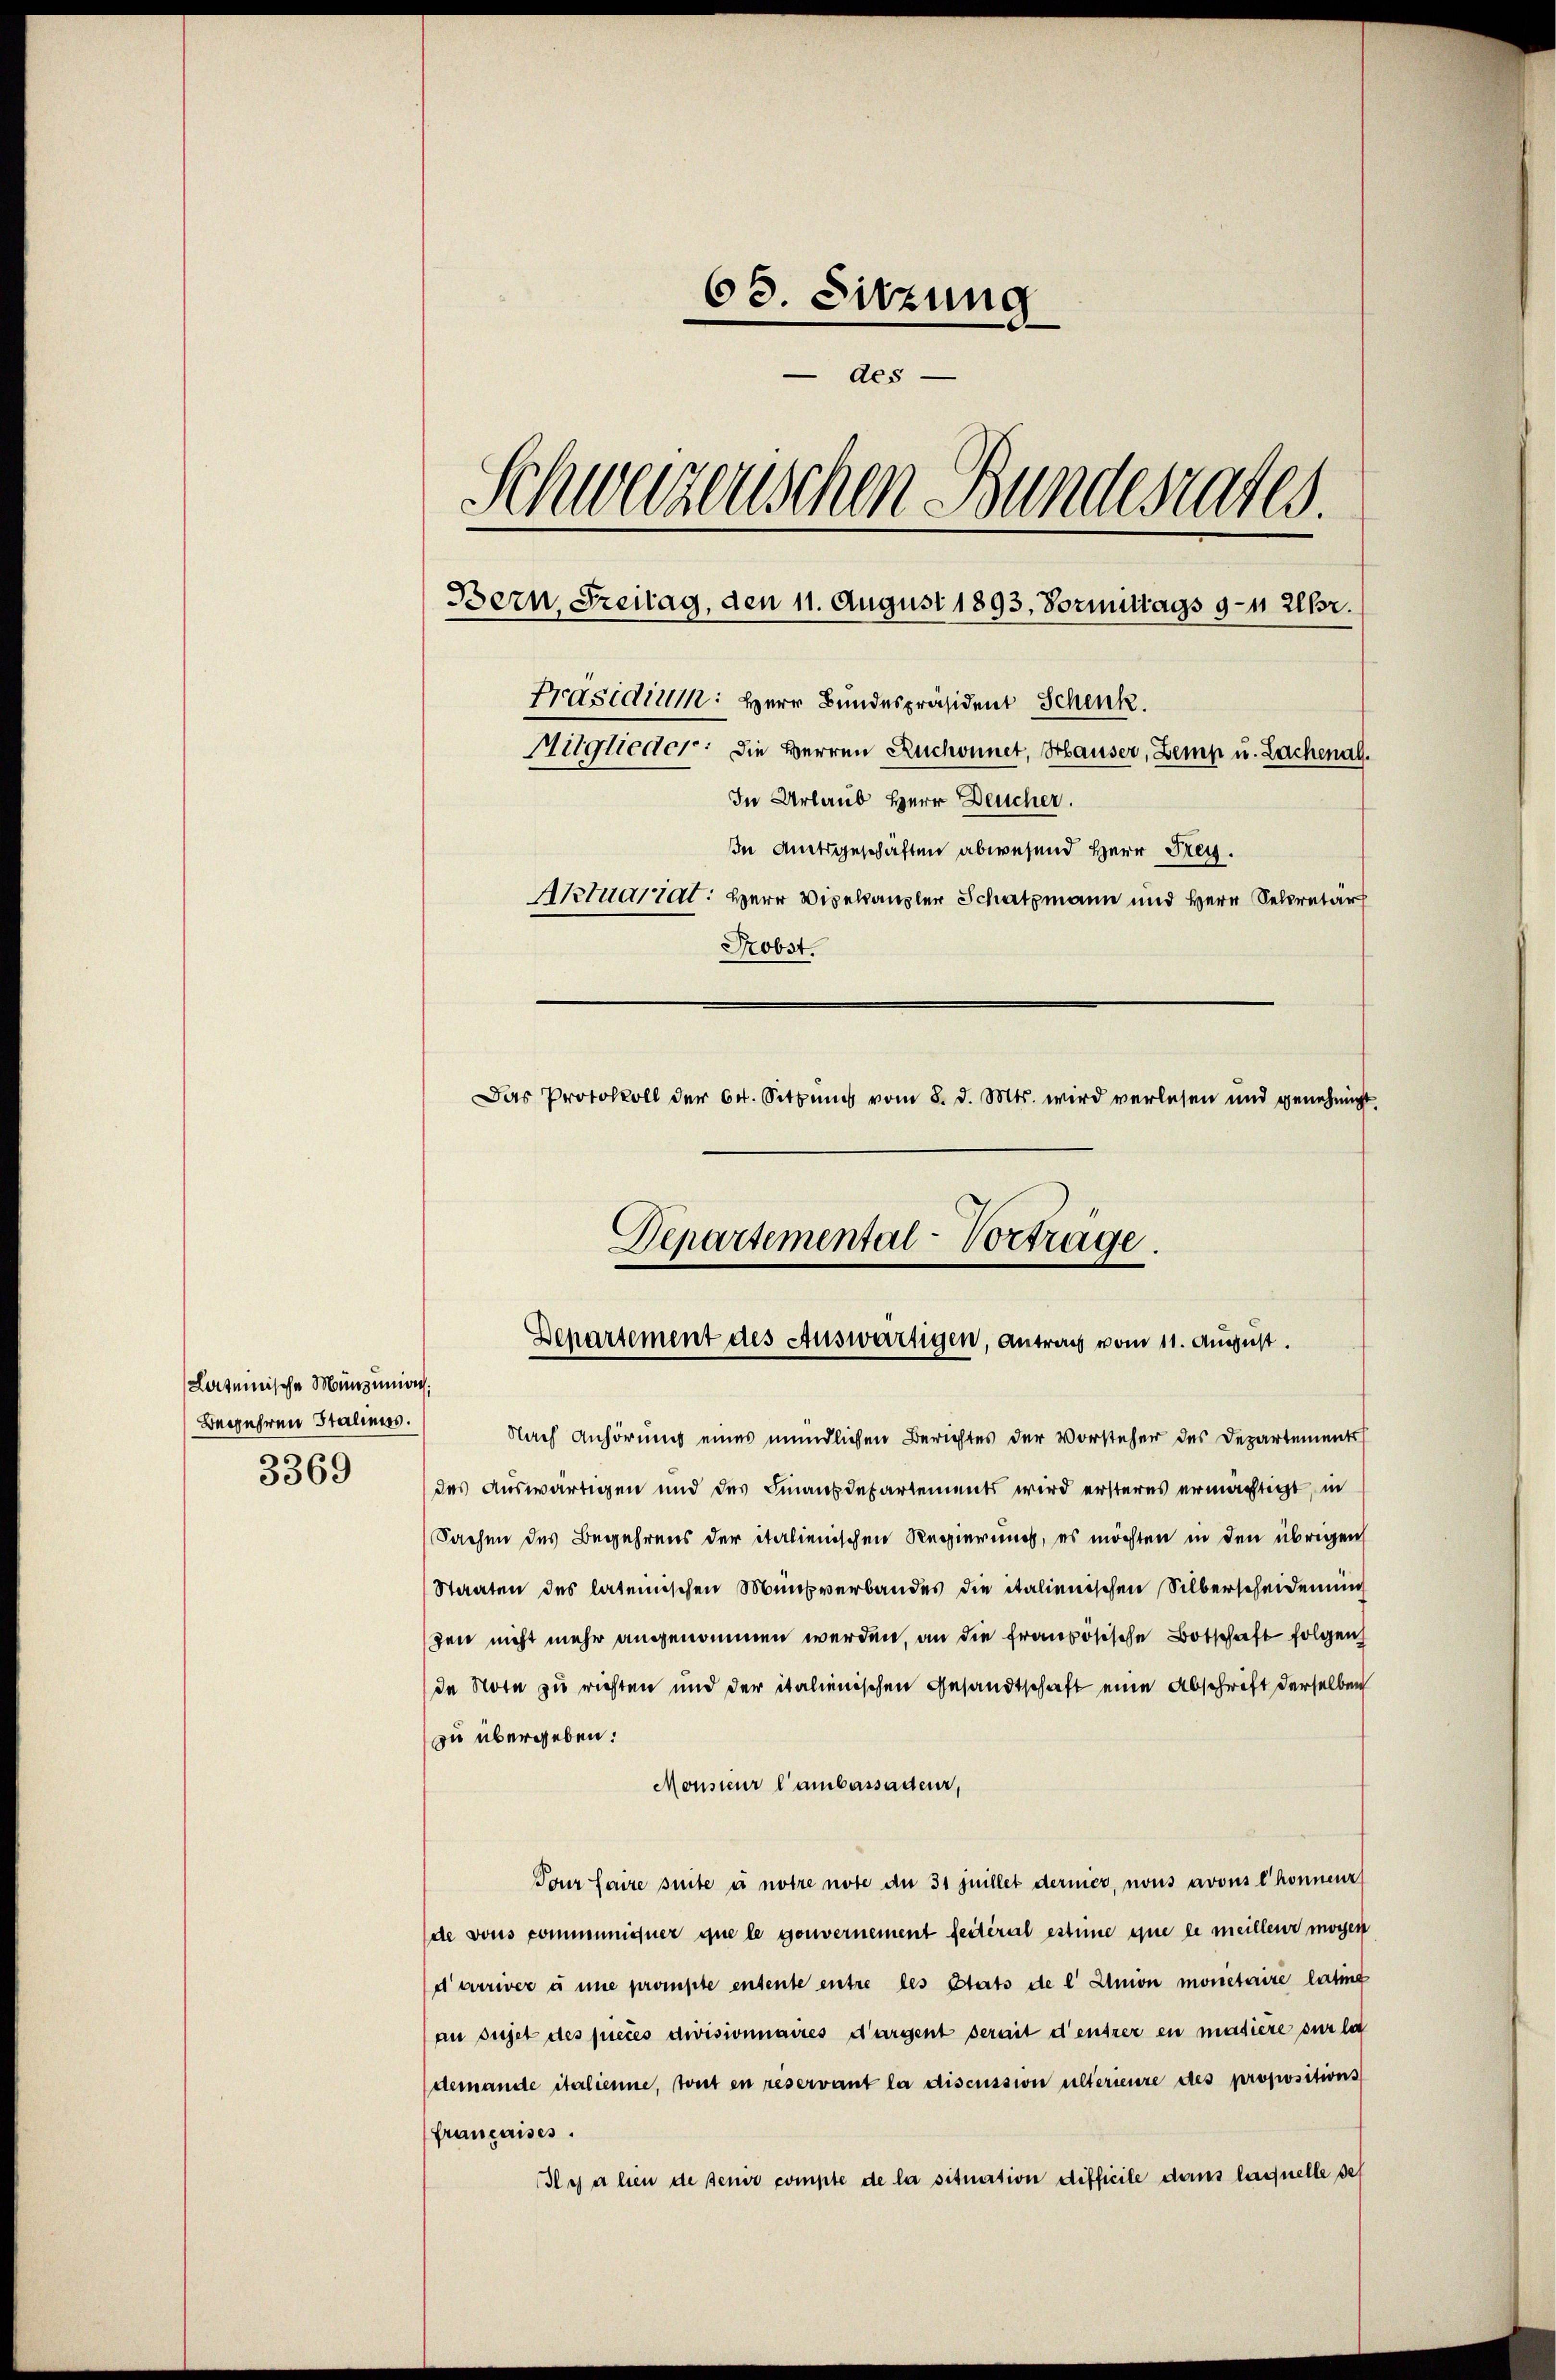
Lateinische Mündunion:
Begehren Staliens.
3369

63. Sitzung
des
Schweizerischen Bundesrates.
Bern, Freitag, den 11. August 1893, Vormittags 9-11 Uhr.
Präsidium: Herr Bundespräsident Schenk
Mitglieder: die Herren Ruchonnet, Hauser, Zemp u. Lachenal¬
In Urlaub Herr Deucher.
in Amtsgeschäften abwesend Herr Frey.
Aktuartal: Herr Vizekanzler Schatzmann und Herr Secretar
Probst.
Das Protokoll der 64. Sitzŭng vom 8. d. Mts. wird verlesen und genehmigt.

Nach Anhörung eines mündlichen Berichtes der Vorsteher des Departements
des auswärtigen und des Finanzdepartements wird ersteres ermächtigt, in
Sachen des Begehrens der italienischen Regierung, es möchten in den übrigen
Staaten des lateinischen Mensverbandes die italienischen Silberscheidenung
gen nicht mehr angenommen werden, an die französische Botschaft folgen
de Note zu richten und der italienischen Gesandtschaft eine Abschrift derselben
zu übergeben.
Monsieur l’ambassadeur,
Tour faire suite u notre note an 31 Juillet dermer, nous avous l’honnenr
de vons communiquer que le gouvernement feiteral estime eine le meillen mögen
d’arriver à une prompte entente entre les Stats de l' Ilmnon monetaire latine
au sujet des pieces divisionnaires dargent serait densrer en masiere sur la
demande italienne, tout en reservant la discussion alterieure des propositions
françaises.
Il y a hien de seiner compte de la situation difficile dans laquelle des

Departemental-Vorträge.
Dehartement des Auswärtigen, Antrag vom 11. August.